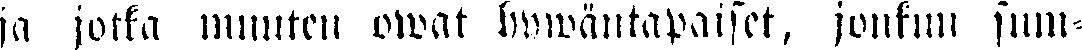
ja jotka muuten owat hywäntapaiset, jonkun sum-